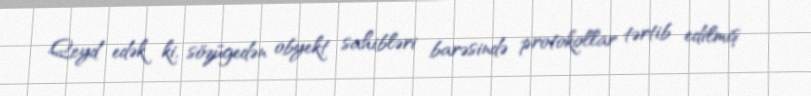
Qeyd edək ki, sözügedən obyekt sahibləri barəsində protokollar tərtib edilmiş